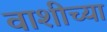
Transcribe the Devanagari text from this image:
वाशीच्या